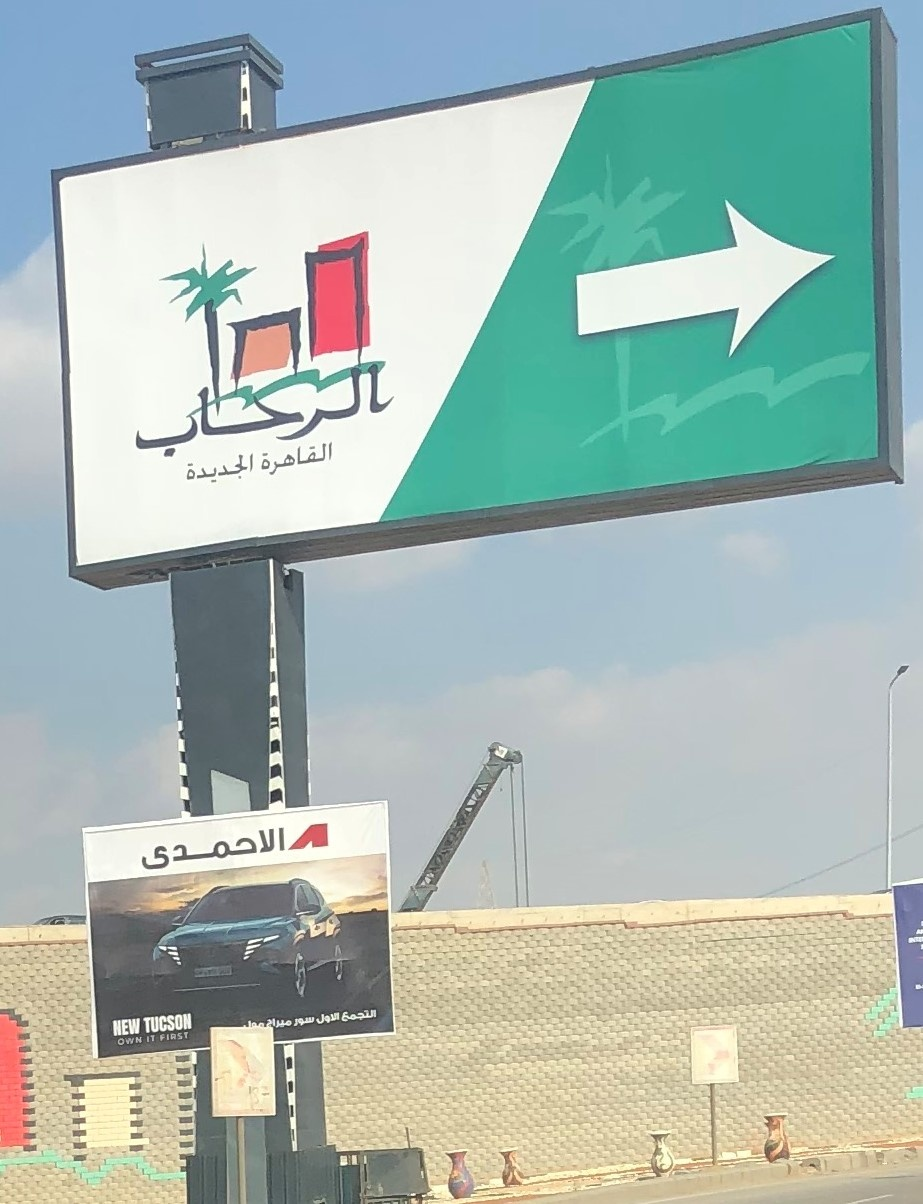
Text in image: الرحاب القاهرة الجديدة الاحمدى التجمع الاول سور ميراج مول TUCSON NEW